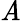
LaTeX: \operatorname{\mathit{A}}